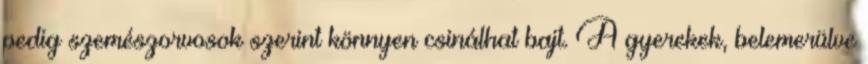
pedig szemészorvosok szerint könnyen csinálhat bajt. A gyerekek, belemerülve